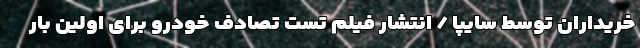
خریداران توسط سایپا / انتشار فیلم تست تصادف خودرو برای اولین بار